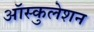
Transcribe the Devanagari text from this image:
ऑस्कुलेशन